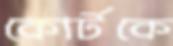
কোর্টকে